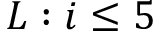
L : i \leq 5